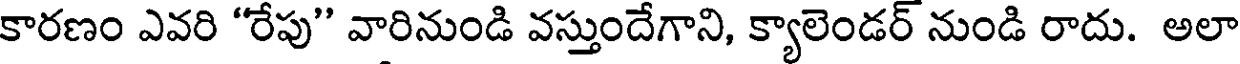
కారణం ఎవరి "రేపు" వారినుండి వస్తుందేగాని, క్యాలెండర్ నుండి రాదు. అలా